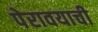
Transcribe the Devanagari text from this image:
पेरावयाची